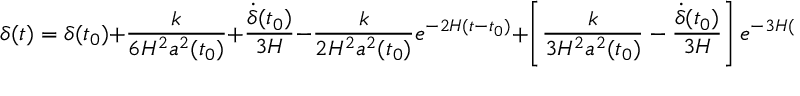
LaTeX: \delta ( t ) = \delta ( t _ { 0 } ) + \frac { k } { 6 H ^ { 2 } a ^ { 2 } ( t _ { 0 } ) } + \frac { \dot { \delta } ( t _ { 0 } ) } { 3 H } - \frac { k } { 2 H ^ { 2 } a ^ { 2 } ( t _ { 0 } ) } e ^ { - 2 H ( t - t _ { 0 } ) } + \left[ \frac { k } { 3 H ^ { 2 } a ^ { 2 } ( t _ { 0 } ) } - \frac { \dot { \delta } ( t _ { 0 } ) } { 3 H } \right] e ^ { - 3 H ( t - t _ { 0 } ) }